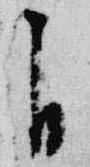
自